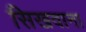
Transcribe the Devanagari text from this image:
सिखवाना